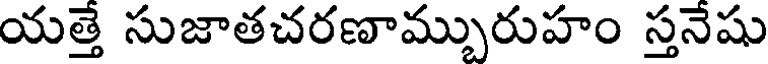
యత్తే సుజాతచరణామ్బురుహం స్తనేషు